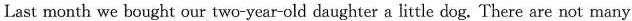
Last month we bought our two-year-old daughter a little dog. There are not many